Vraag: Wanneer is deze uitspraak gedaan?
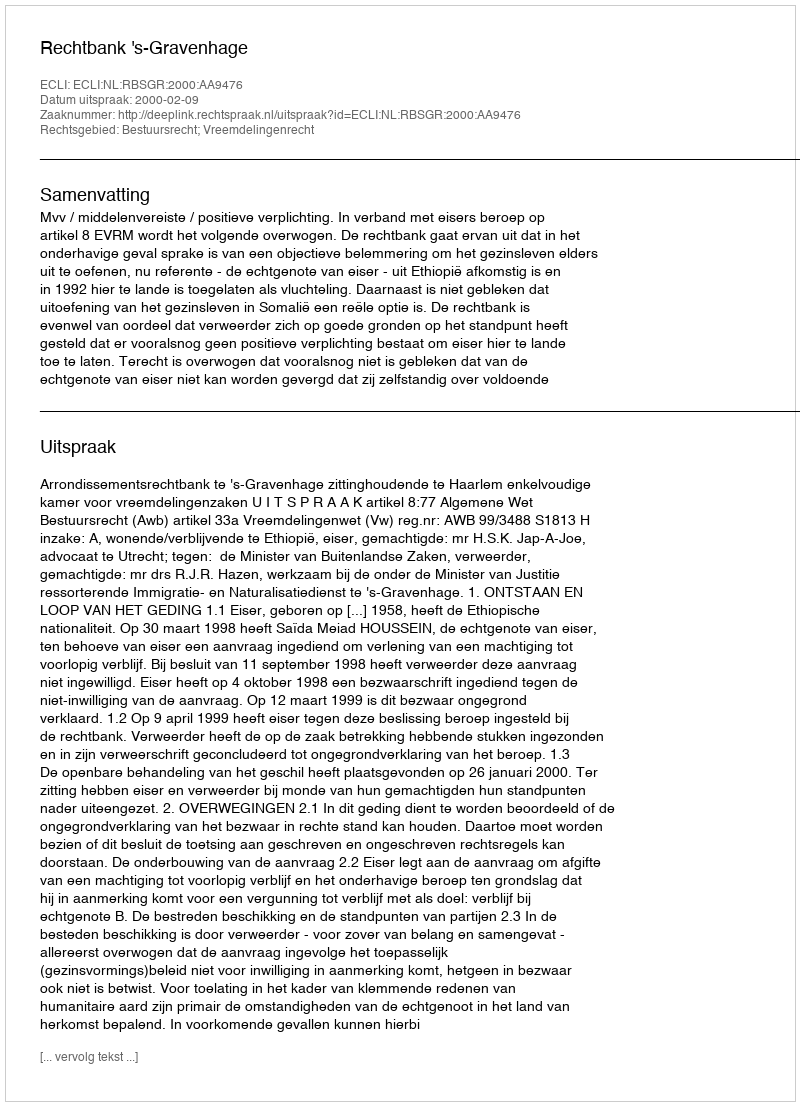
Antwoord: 2000-02-09